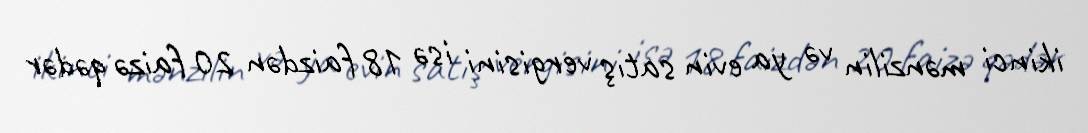
ikinci mənzilin və ya evin satış vergisini isə 18 faizdən 20 faizə qədər